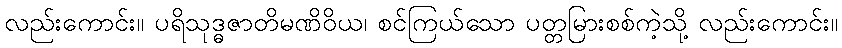
လည်းကောင်း။ ပရိသုဒ္ဓဇာတိမဏိဝိယ၊ စင်ကြယ်သော ပတ္တမြားစစ်ကဲ့သို့ လည်းကောင်း။